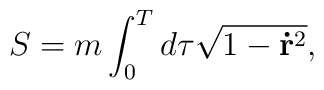
S=m\int_0^Td\tau \sqrt{1-\mathbf{\dot{r}}^2},